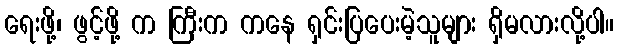
ရေးဖို့၊ ဖွင့်ဖို့ က ကြီးက ကနေ ရှင်းပြပေးမဲ့သူများ ရှိမလားလို့ပါ။